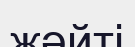
жәйті